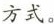
方式。